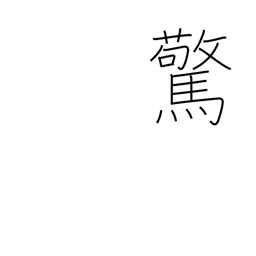
Meaning: frightened